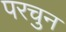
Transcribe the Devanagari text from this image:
परचुन